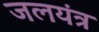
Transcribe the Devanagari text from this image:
जलयंत्र